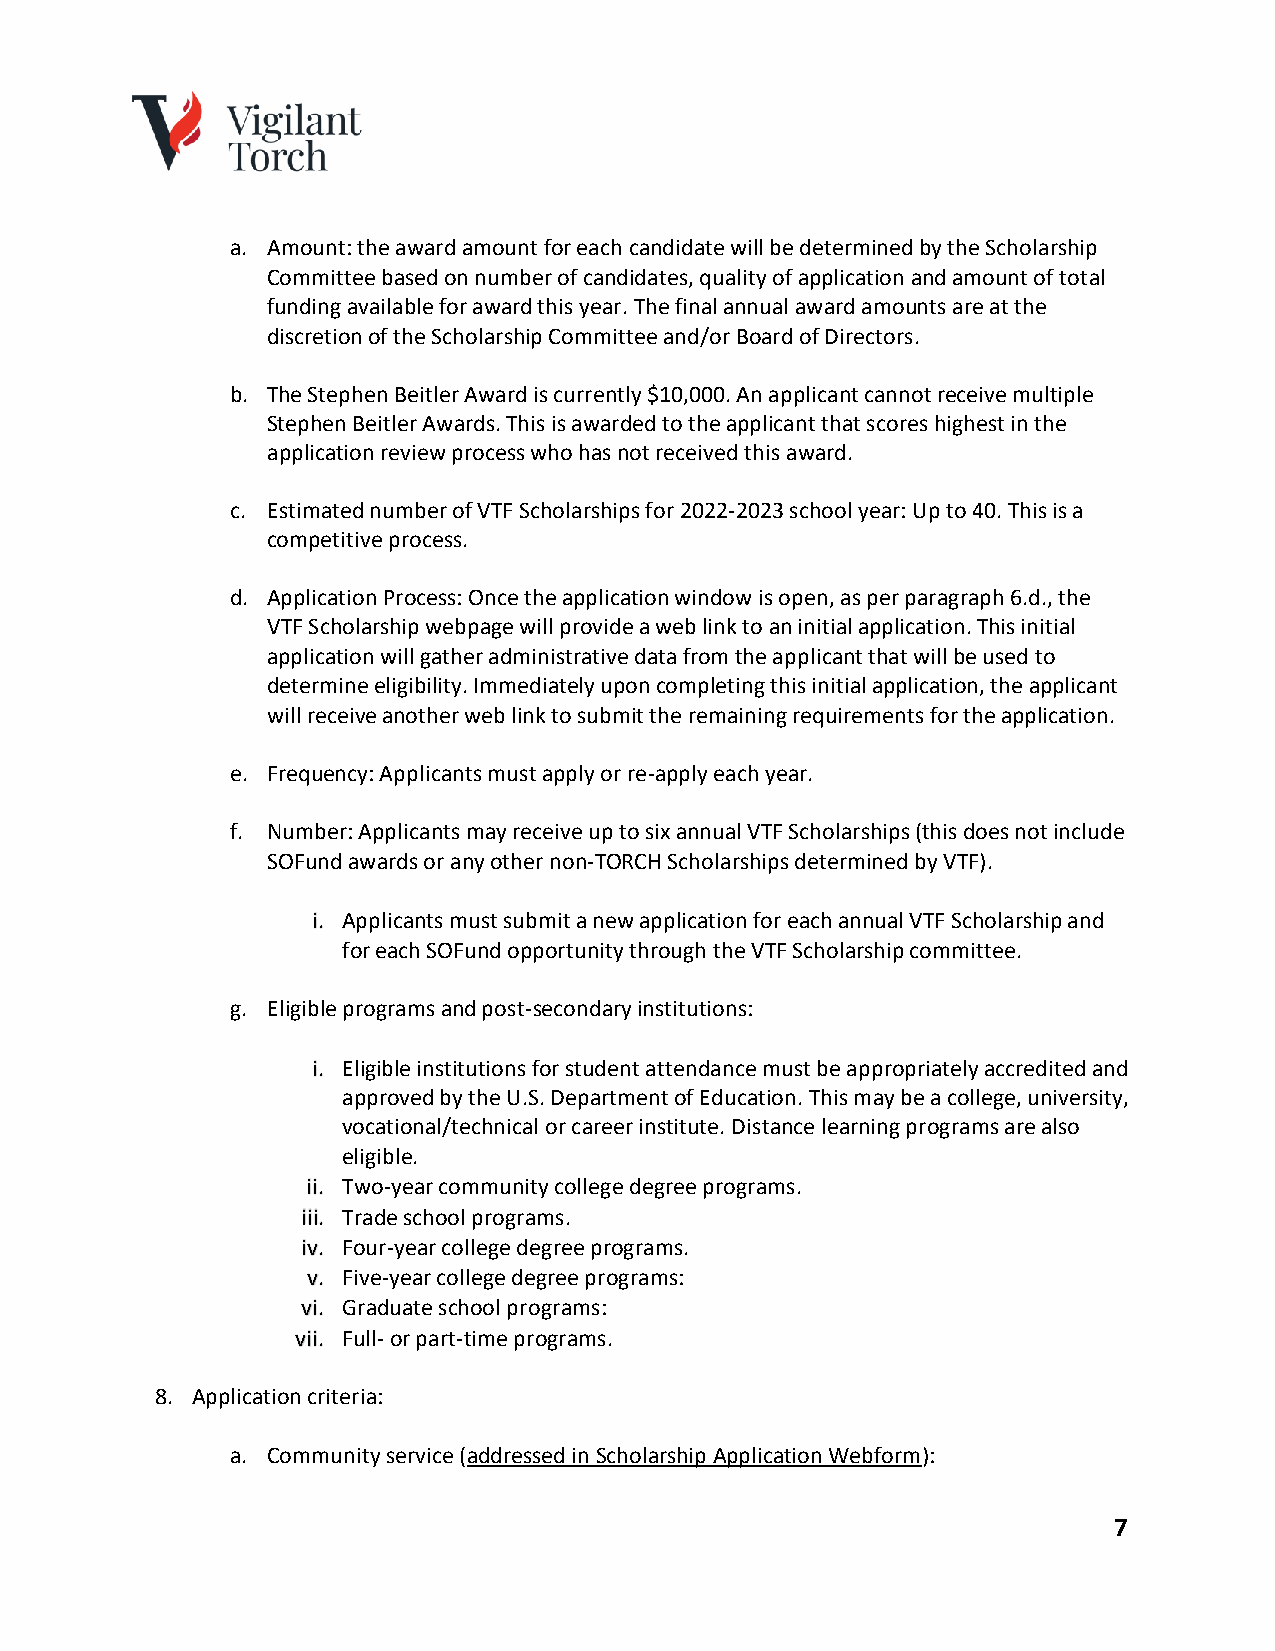
a. Amount: the award amount for each candidate will be determined by the Scholarship
 Committee based on number of candidates, quality of application and amount of total
 funding available for award this year. The final annual award amounts are at the
 discretion of the Scholarship Committee and/or Board of Directors.
 b. The Stephen Beitler Award is currently $10,000. An applicant cannot receive multiple
 Stephen Beitler Awards. This is awarded to the applicant that scores highest in the
 application review process who has not received this award.
 c. Estimated number of VTF Scholarships for 2022-2023 school year: Up to 40. This is a
 competitive process.
 d. Application Process: Once the application window is open, as per paragraph 6.d., the
 VTF Scholarship webpage will provide a web link to an initial application. This initial
 application will gather administrative data from the applicant that will be used to
 determine eligibility. Immediately upon completing this initial application, the applicant
 will receive another web link to submit the remaining requirements for the application.
 e. Frequency: Applicants must apply or re-apply each year.
 f. Number: Applicants may receive up to six annual VTF Scholarships (this does not include
 SOFund awards or any other non-TORCH Scholarships determined by VTF).
 i. Applicants must submit a new application for each annual VTF Scholarship and
 for each SOFund opportunity through the VTF Scholarship committee.
 g. Eligible programs and post-secondary institutions:
 i. Eligible institutions for student attendance must be appropriately accredited and
 approved by the U.S. Department of Education. This may be a college, university,
 vocational/technical or career institute. Distance learning programs are also
 eligible.
 ii. Two-year community college degree programs.
 iii. Trade school programs.
 iv. Four-year college degree programs.
 v. Five-year college degree programs:
 vi. Graduate school programs:
 vii. Full- or part-time programs.
 8. Application criteria:
 a. Community service (addressed in Scholarship Application Webform):
 7